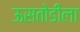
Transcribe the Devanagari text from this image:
ऊसतोडीला